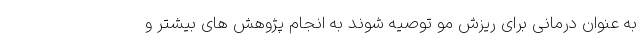
به عنوان درمانی برای ریزش مو توصیه شوند به انجام پژوهش های بیشتر و